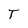
Character: T